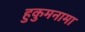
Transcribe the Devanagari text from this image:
हुकुमनामा